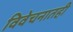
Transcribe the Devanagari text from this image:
विवेचनातही